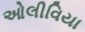
ઓલીવિયા